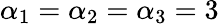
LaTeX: \alpha_{1}=\alpha_{2}=\alpha_{3}=3